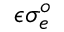
\epsilon \sigma _ { e } ^ { o }